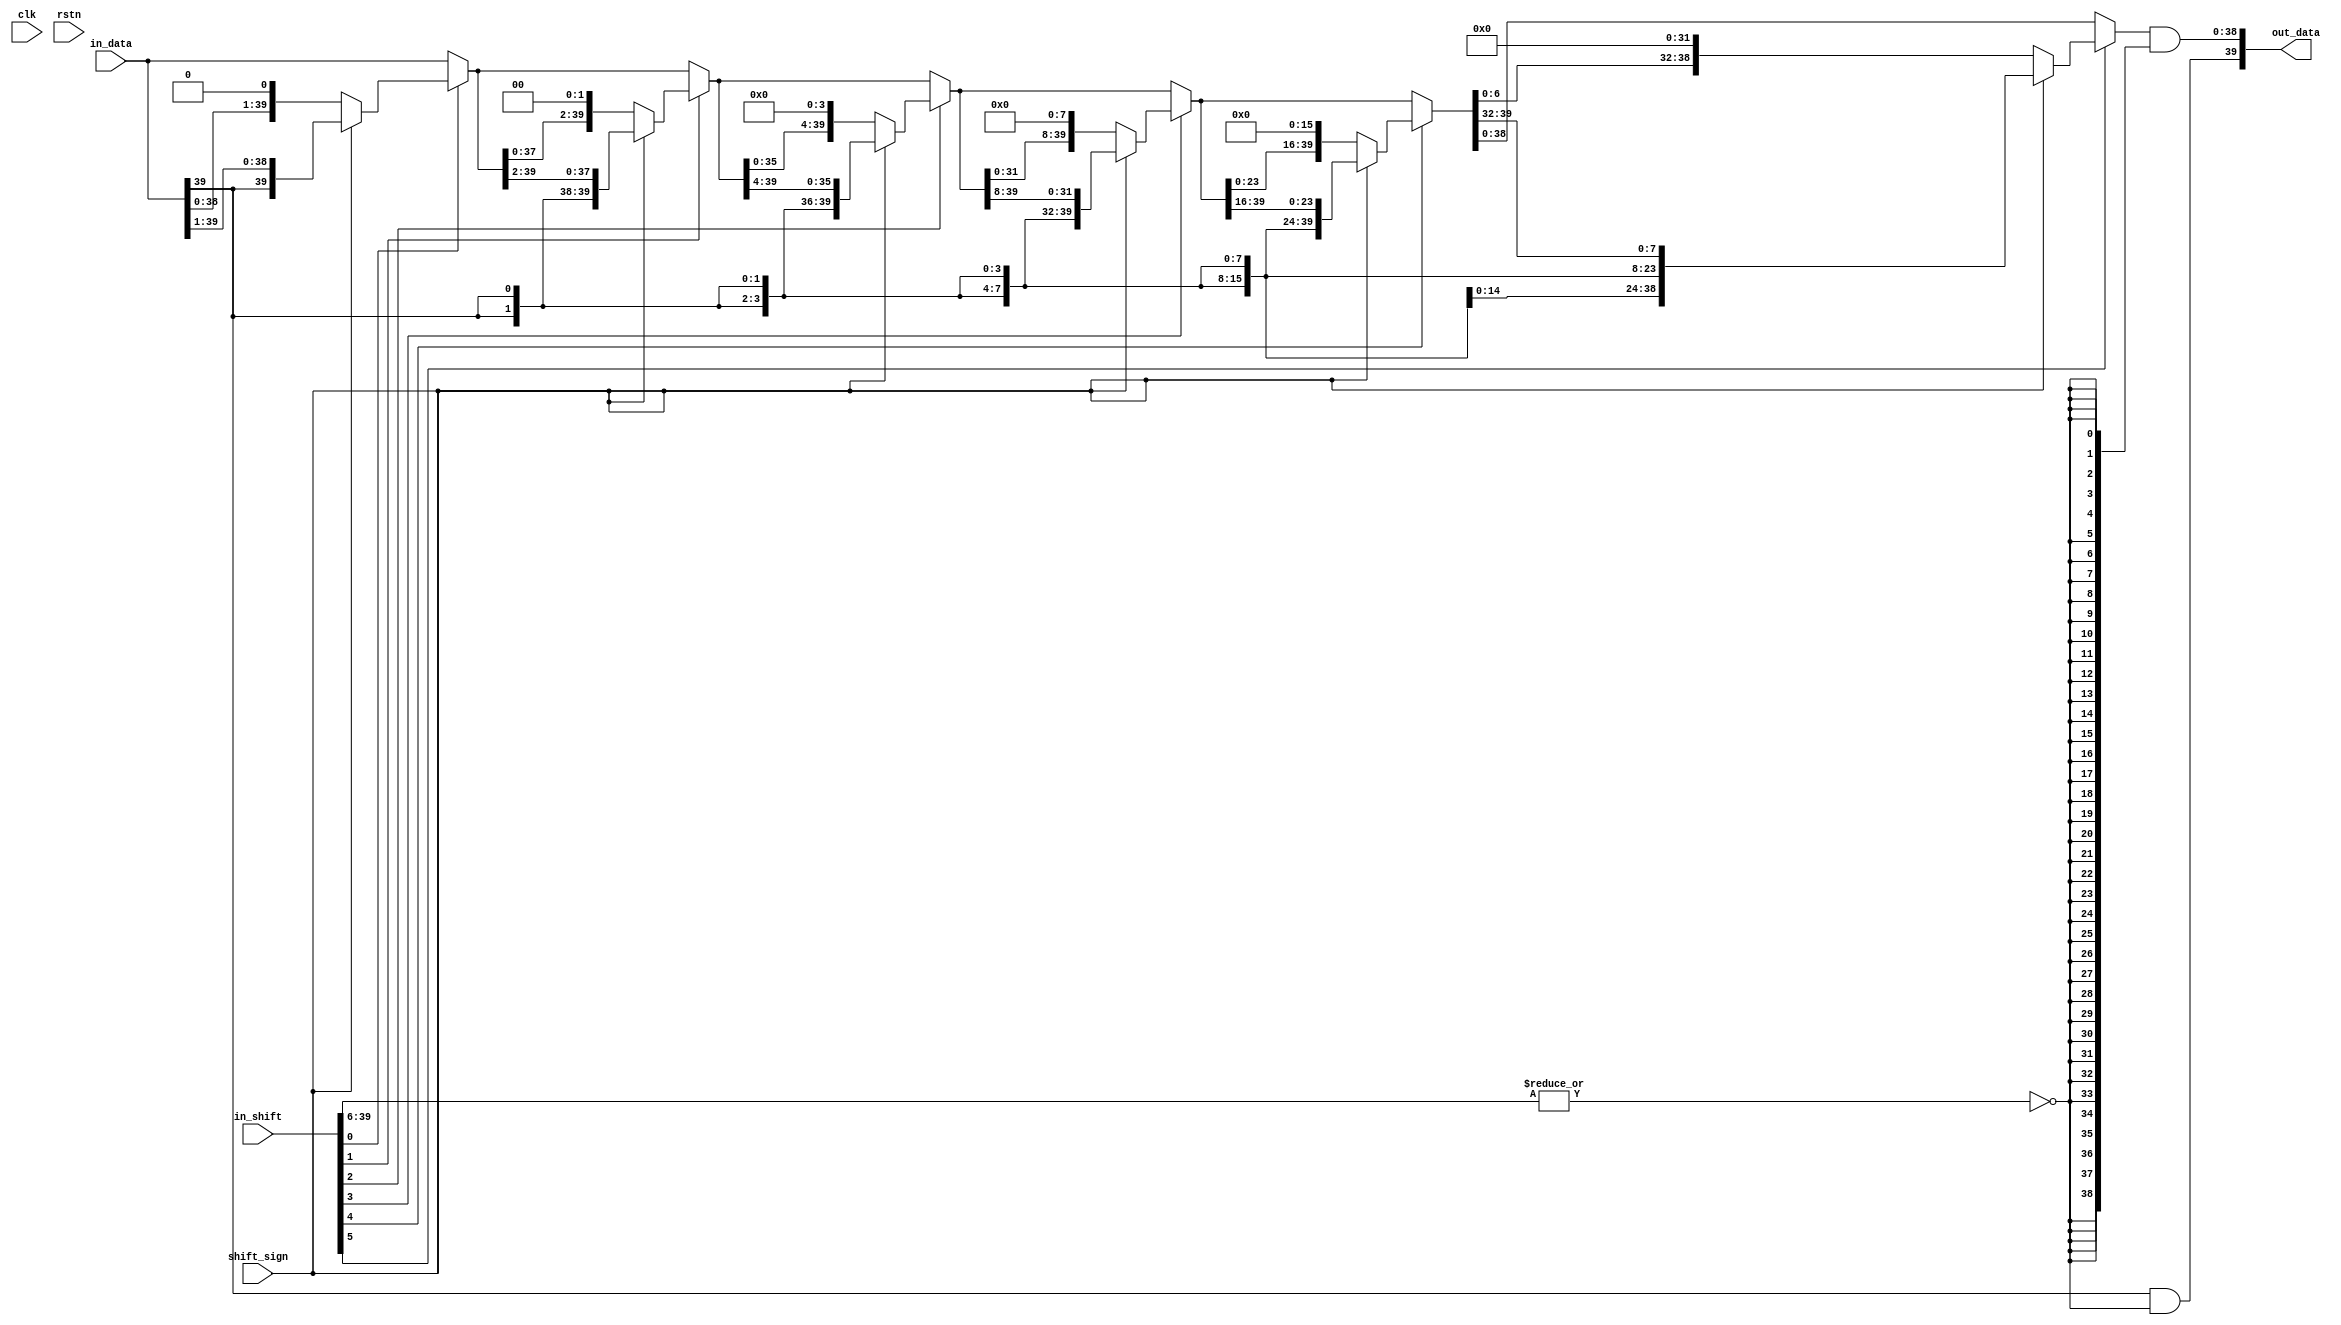
// IO Params
`define FXP40S_ADDR 39:0
`define FXP40S_WIDTH 40
`define FXP40S_SIGN 39
`define FXP40S_MAG 38:0
`define FXP40S_LSB_POW -24

module fxp40s_var_shifter(
	input clk,
	input rstn,
	// Input Stream
	input [`FXP40S_ADDR] in_data,
	input [`FXP40S_ADDR] in_shift,
	input shift_sign, // 0: LS | 1: RS
	// Output Stream
	output [`FXP40S_ADDR] out_data
);
	wire [39:0] sat_val;
	wire saturate;
	wire [5:0] shift_val;
	assign saturate = ~|in_shift[39:6];
	assign shift_val = in_shift[5:0];
	// Stages
	wire [39:0] stage_val [6:0];
	assign stage_val[0] = in_data;
	assign stage_val[1] = shift_val[0] ? (shift_sign ? {{1{in_data[39]}}, stage_val[0][39:1]} : { stage_val[0][38:0], {1{1'b0}} }) : stage_val[0];
	assign stage_val[2] = shift_val[1] ? (shift_sign ? {{2{in_data[39]}}, stage_val[1][39:2]} : { stage_val[1][37:0], {2{1'b0}} }) : stage_val[1];
	assign stage_val[3] = shift_val[2] ? (shift_sign ? {{4{in_data[39]}}, stage_val[2][39:4]} : { stage_val[2][35:0], {4{1'b0}} }) : stage_val[2];
	assign stage_val[4] = shift_val[3] ? (shift_sign ? {{8{in_data[39]}}, stage_val[3][39:8]} : { stage_val[3][31:0], {8{1'b0}} }) : stage_val[3];
	assign stage_val[5] = shift_val[4] ? (shift_sign ? {{16{in_data[39]}}, stage_val[4][39:16]} : { stage_val[4][23:0], {16{1'b0}} }) : stage_val[4];
	assign stage_val[6] = shift_val[5] ? (shift_sign ? {{32{in_data[39]}}, stage_val[5][39:32]} : { stage_val[5][7:0], {32{1'b0}} }) : stage_val[5];
	assign out_data[39] = in_data[39] & saturate;
	assign out_data[38:0] = stage_val[6][38:0] & {39{saturate}};

endmodule